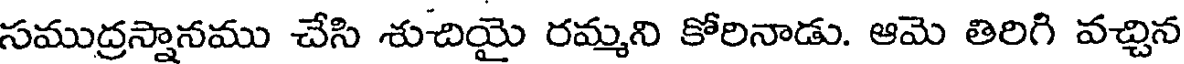
సముద్రన్నానము చేసి శుచియై రమ్మని కోరినాడు. ఆమె తిరిగి వచ్చిన